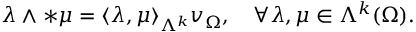
\lambda \wedge \ast \mu = \langle \lambda , \mu \rangle _ { \Lambda ^ { k } } v _ { \Omega } , \quad \forall \lambda , \mu \in \Lambda ^ { k } ( \Omega ) .